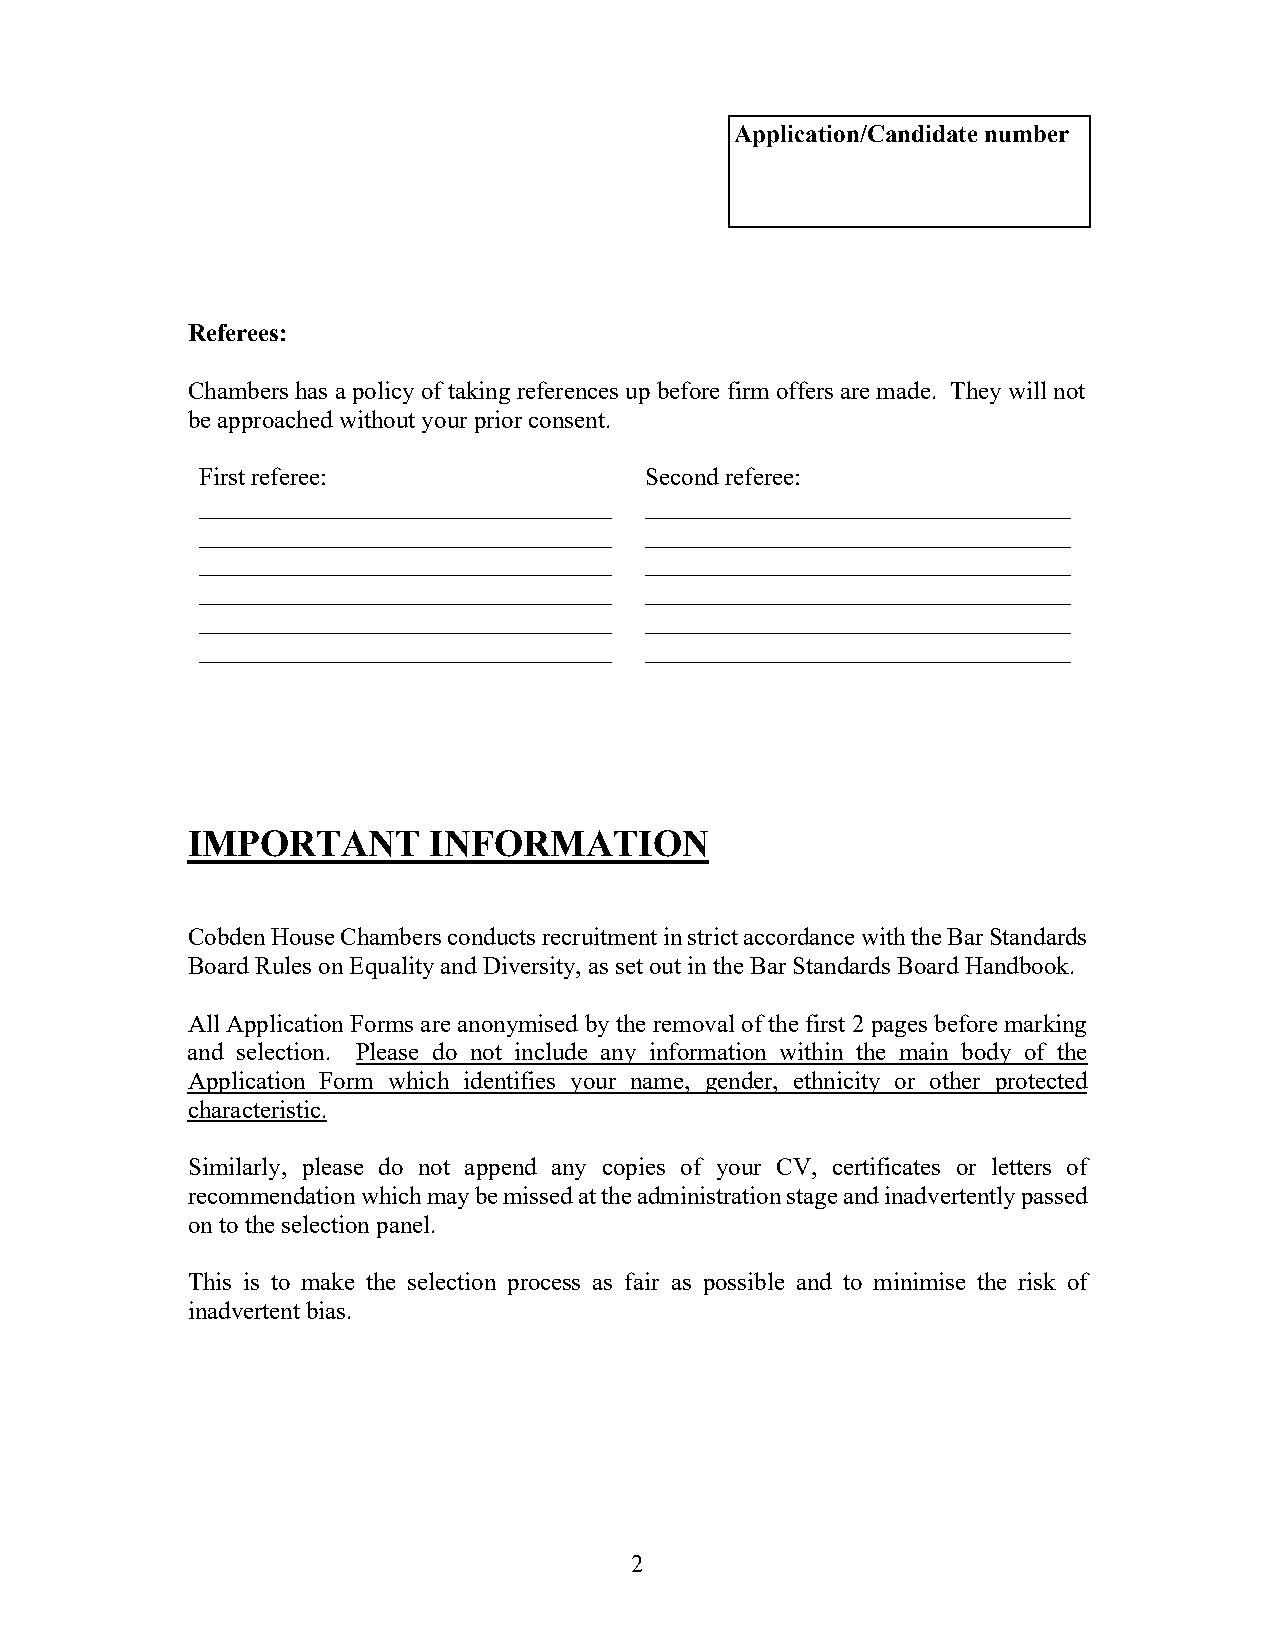
Application/Candidate number
 Referees:
 Chambers has a policy of taking references up before firm offers are made. They will not
 be approached without your prior consent.
 First referee:                Second referee:
 _________________________________ __________________________________
 _________________________________ __________________________________
 _________________________________ __________________________________
 _________________________________ __________________________________
 _________________________________ __________________________________
 _________________________________ __________________________________
 IMPORTANT       INFORMATION
 Cobden House Chambers conducts recruitment in strict accordance with the Bar Standards
 Board Rules on Equality and Diversity, as set out in the Bar Standards Board Handbook.
 All Application Forms are anonymised by the removal of the first 2 pages before marking
 and selection. Please do not include any information within the main body of the
 Application Form which identifies your name, gender, ethnicity or other protected
 characteristic.
 Similarly, please do not append any copies of your CV, certificates or letters of
 recommendation which may be missed at the administration stage and inadvertently passed
 on to the selection panel.
 This is to make the selection process as fair as possible and to minimise the risk of
 inadvertent bias.
 2